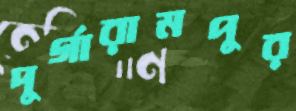
দুর্গারামপুর